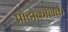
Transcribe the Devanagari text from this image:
प्रोटोकोलके